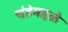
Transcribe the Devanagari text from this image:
चंडेमद्दळे